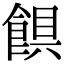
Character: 𩜃